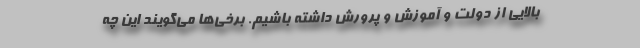
بالایی از دولت و آموزش و پرورش داشته باشیم. برخی‌ها می‌گویند این چه